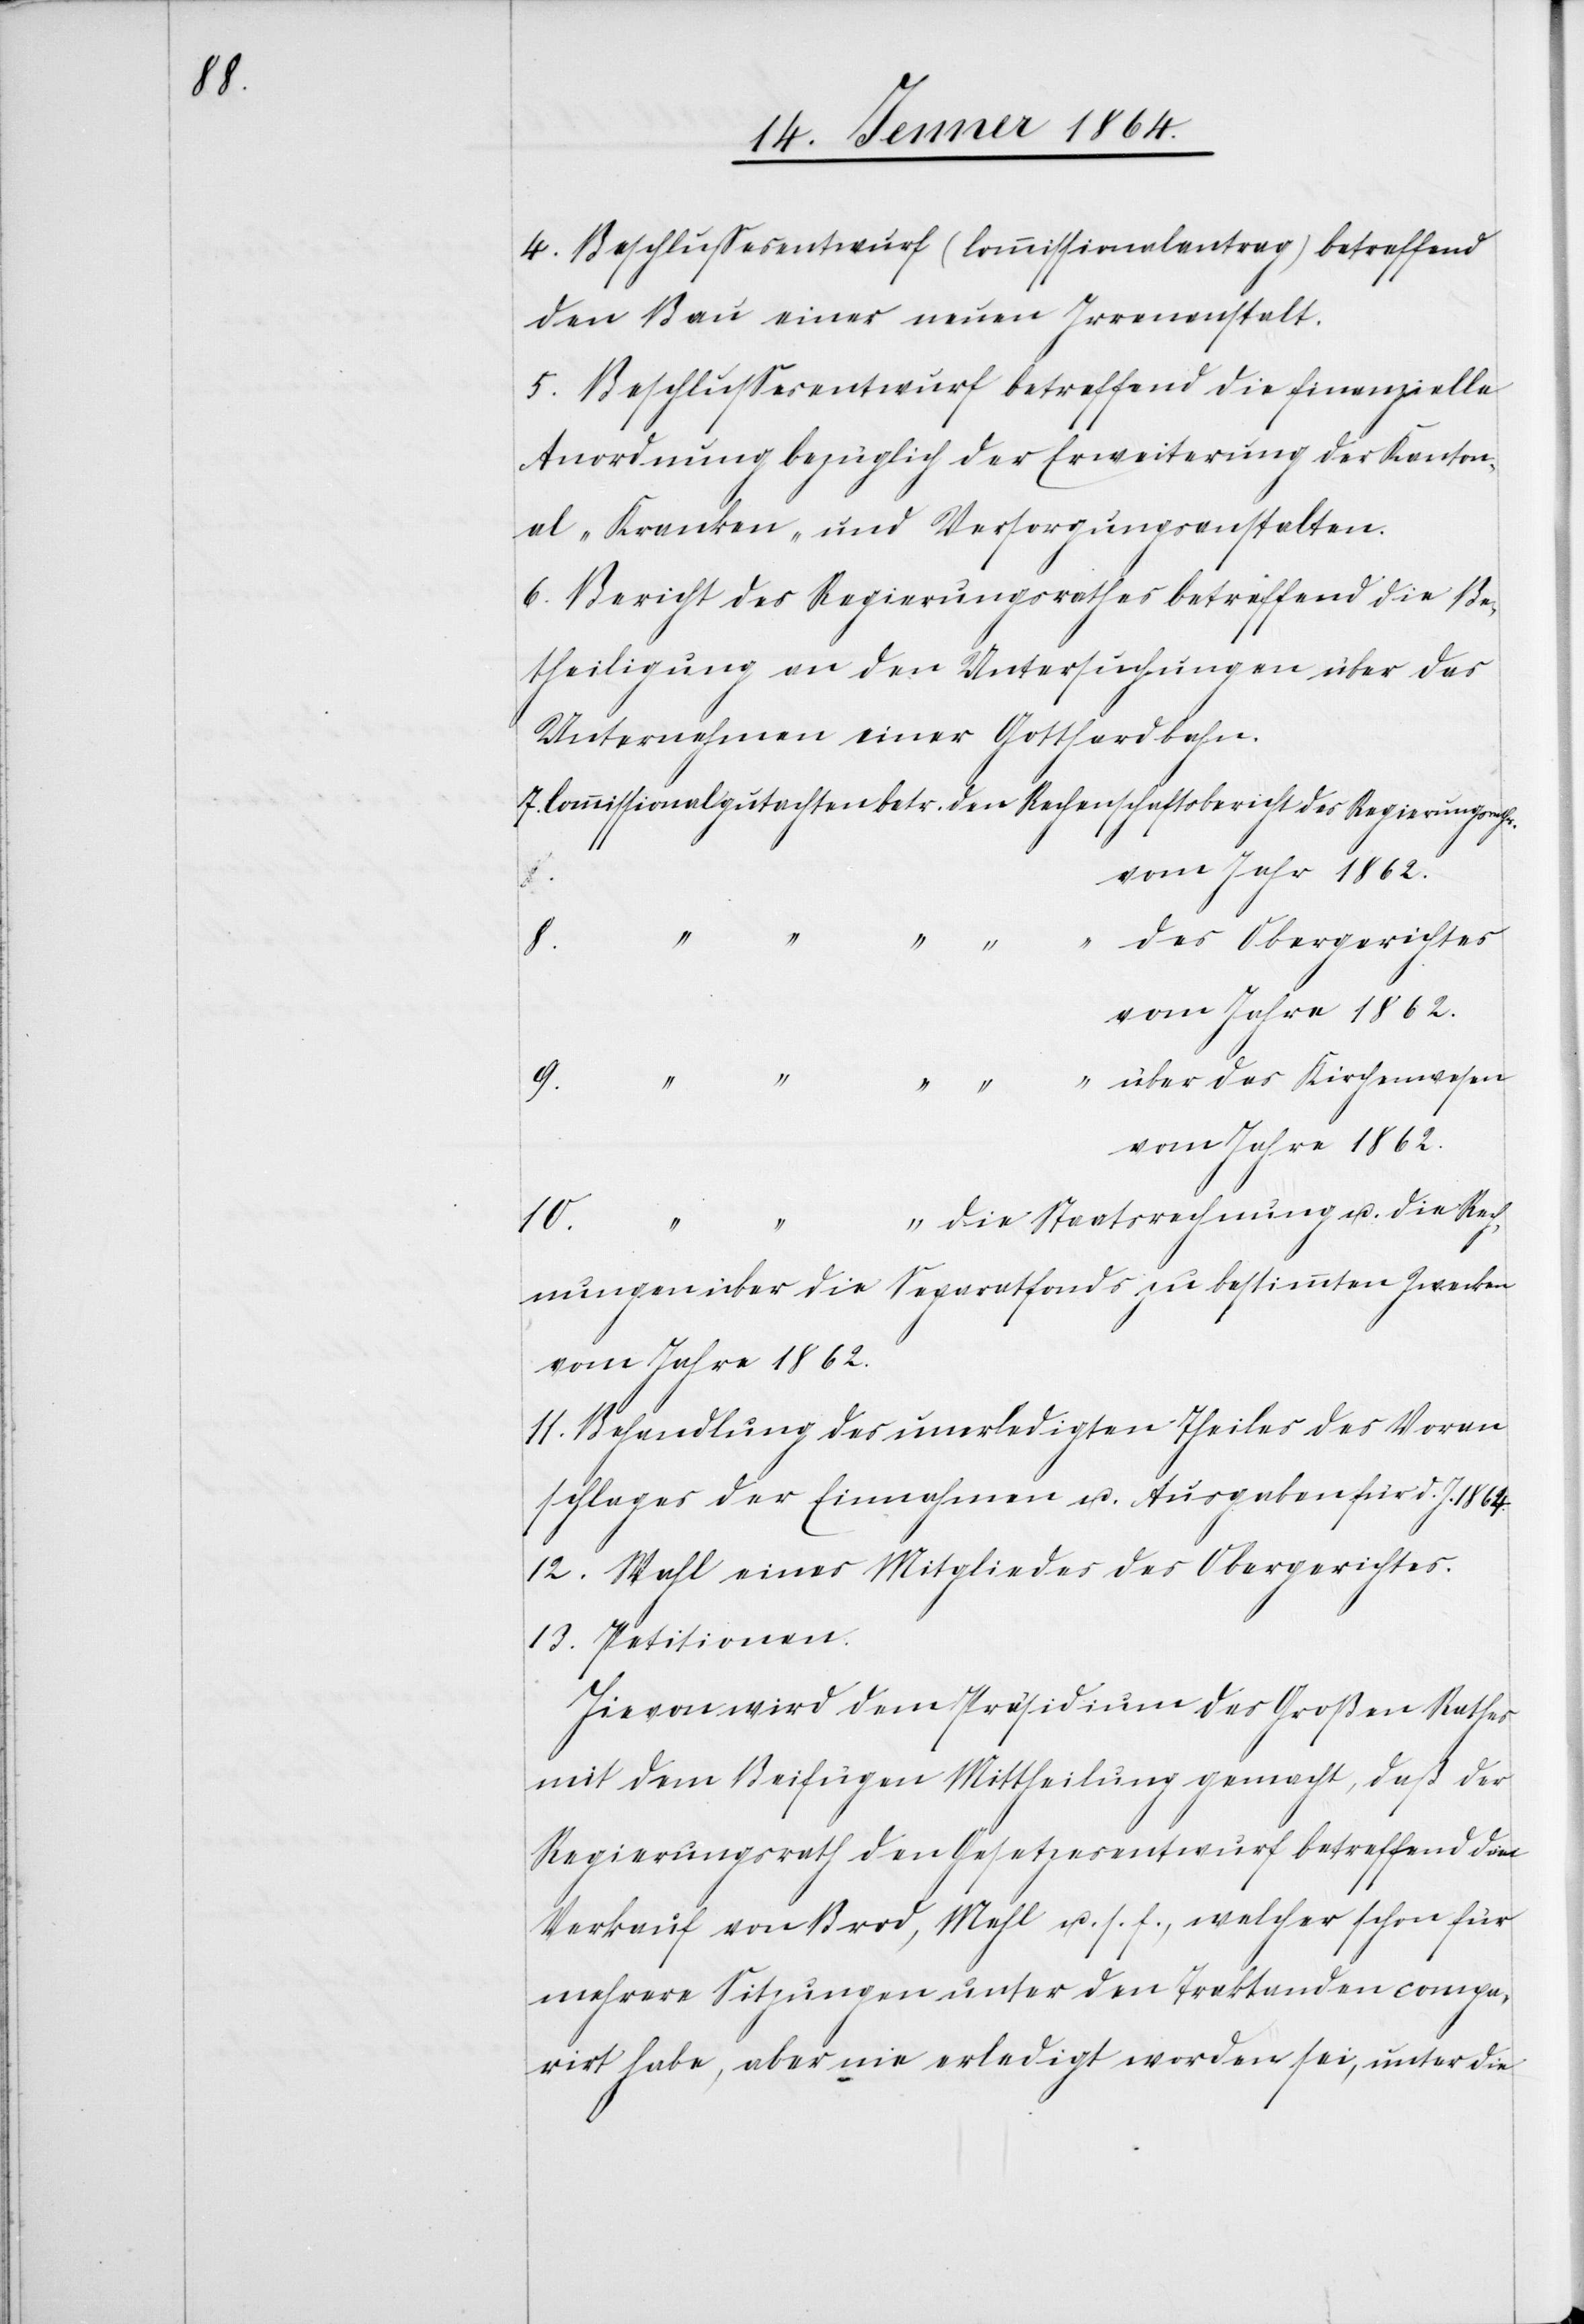
4. Beschlussesentwurf (Commissionalantrag) betreffend
den Bau einer neuen Irrenanstalt.
5. Beschlussesentwurf betreffend die finanzielle
Anordnung bezüglich der Erweiterung der Kanton¬
al-Kranken- und Versorgungsanstalten.
6. Bericht des Regierungsrathes betreffend die Be¬
theiligung an den Untersuchungen über das
Unternehmen einer Gotthardbahn.
7. Commissionalgutachten betr.	den Rechenschaftsbericht 	des Regierungsrathes
vom Jahr 1862.
vom Jahre 1862.
die Rech¬
u.
nungen über die Separatfonds zu bestimmten Zwecken
vom Jahre 1862.
11. Behandlung des unerledigten Theiles des Voran¬
schlages der Einnahmen u. Ausgaben für d. J. 1864.
12. Wahl eines Mitgliedes des Obergerichtes.
13. Petitionen.
Hievon wird dem Präsidium des Großen Rathes
mit dem Beifügen Mittheilung gemacht, daß der
Regierungsrath den Gesetzesentwurf betreffend den
Verkauf von Brod, Mehl u. s. f., welcher schon für
mehrere Sitzungen unter den Traktanden compa¬
rirt habe, aber nie erledigt worden sei, unter die